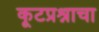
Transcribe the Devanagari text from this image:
कूटप्रश्नाचा